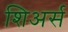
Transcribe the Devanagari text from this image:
शिअर्स